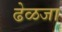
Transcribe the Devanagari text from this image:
ढेळजा